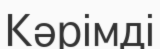
Кәрімді